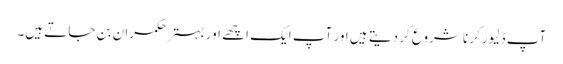
آپ ڈلیور کرنا شروع کر دیتے ہیں اور آپ ایک اچھے اور بہتر حکمران بن جاتے ہیں۔